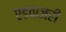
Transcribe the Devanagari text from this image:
एडवाजरी